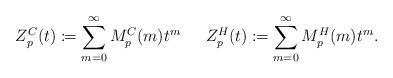
LaTeX: \begin{align*}Z_p^{C}(t) \coloneqq \sum_{m = 0}^\infty M_p^{C} (m)t^m \,\,\,\,\,\,\,\,\,Z_p^{H}(t) \coloneqq \sum_{m=0}^\infty M_p^{H}(m)t^m.\end{align*}